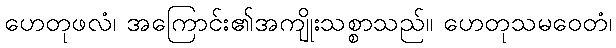
ဟေတုဖလံ၊ အကြောင်း၏အကျိုးသစ္စာသည်။ ဟေတုသမဝေတံ၊